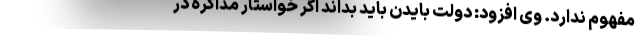
مفهوم ندارد. وی افزود: دولت بایدن باید بداند اگر خواستار مذاکره در